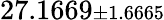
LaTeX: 27.1669{\scriptstyle\pm 1.6665}